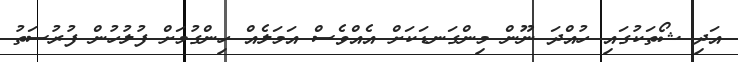
އަދި ޝޯތަކުގައި ހުއްދަ ނޫން މިންގަނޑަކަށް އެއްވެސް އަމަލެއް ހިންގުމަށް ފުލުހުން ފުރުސަތު